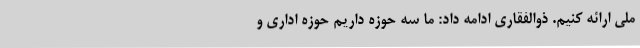
ملی ارائه کنیم. ذوالفقاری ادامه داد: ما سه حوزه داریم حوزه اداری و